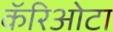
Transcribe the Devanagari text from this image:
कॅरिओटा